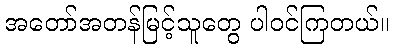
အတော်အတန်မြင့်သူတွေ ပါဝင်ကြတယ်။